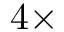
4 \times